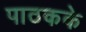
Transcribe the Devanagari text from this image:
पाठकके